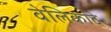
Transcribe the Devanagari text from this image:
वेलिकादे